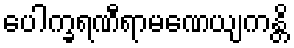
ပေါက္ခရဏီရာမဏေယျကန္တိ